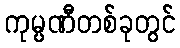
ကုမ္ပဏီတစ်ခုတွင်